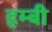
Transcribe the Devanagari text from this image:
हम्बी